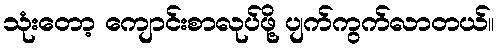
သုံးတော့ ကျောင်းစာလုပ်ဖို့ ပျက်ကွက်လာတယ်။